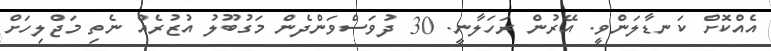
އެއްކޮށް ކަނޑާލަންވީ. އޭރުން ރަހަލާނީ. 30 ދުވަސްވަންދެން މަގުބޫލު އުޒުރެއް ނެތި މަޖްލިހަށް